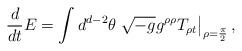
LaTeX: \begin{align*}{d \over dt} E = \int d^{d-2} \theta \left. \sqrt{-g} g^{\rho\rho} T_{\rho t} \right|_{\rho={\pi \over 2}}, \end{align*}